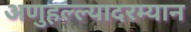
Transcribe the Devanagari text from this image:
अणुहल्ल्यादरम्यान